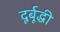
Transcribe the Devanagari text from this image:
दूर्बूद्धी